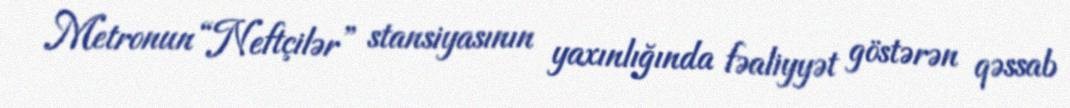
Metronun “Neftçilər” stansiyasının yaxınlığında fəaliyyət göstərən qəssab